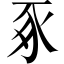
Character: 豖